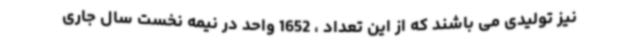
نیز تولیدی می باشند که از این تعداد ، 1652 واحد در نیمه نخست سال جاری